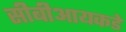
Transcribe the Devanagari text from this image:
सीबीआयकडे